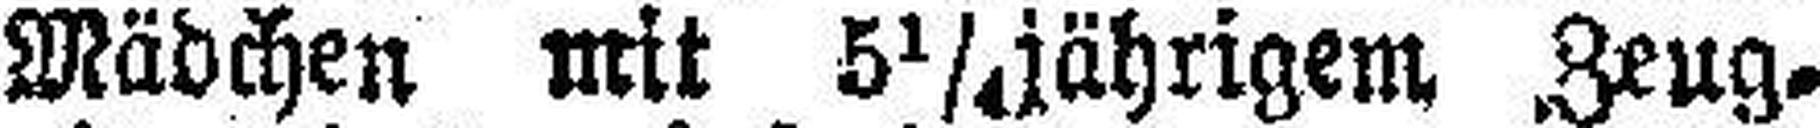
Mädchen mit 5¼jährigem Zeug¬